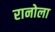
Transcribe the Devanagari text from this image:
रानोला